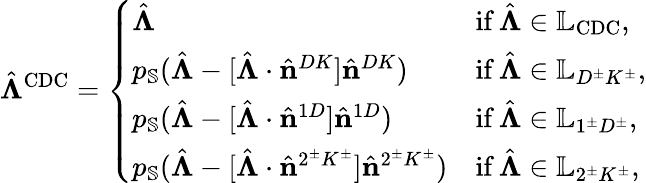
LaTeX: \hat{\boldsymbol{\Lambda}}^{\mathrm{CDC}}=\left\{ \begin{array}{ll}{\hat{\boldsymbol{\Lambda}}}&{\mathrm{if\, }\hat{\boldsymbol{\Lambda}}\in\mathbb{L}_{\mathrm{CDC}},}\\ {p_{\mathbb{S}}(\hat{\boldsymbol{\Lambda}}-[\hat{\boldsymbol{\Lambda}}\cdot\hat{\mathbf{n}}^{DK}]\hat{\mathbf{n}}^{DK})}&{\mathrm{if\, }\hat{\boldsymbol{\Lambda}}\in\mathbb{L}_{D^{\pm}K^{\pm}},}\\ {p_{\mathbb{S}}(\hat{\boldsymbol{\Lambda}}-[\hat{\boldsymbol{\Lambda}}\cdot\hat{\mathbf{n}}^{1D}]\hat{\mathbf{n}}^{1D})}&{\mathrm{if\, }\hat{\boldsymbol{\Lambda}}\in\mathbb{L}_{1^{\pm}D^{\pm}},}\\ {p_{\mathbb{S}}(\hat{\boldsymbol{\Lambda}}-[\hat{\boldsymbol{\Lambda}}\cdot\hat{\mathbf{n}}^{2^{\pm}K^{\pm}}]\hat{\mathbf{n}}^{2^{\pm}K^{\pm}})}&{\mathrm{if\, }\hat{\boldsymbol{\Lambda}}\in\mathbb{L}_{2^{\pm}K^{\pm}},}\end{array}\right.